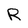
Character: R